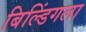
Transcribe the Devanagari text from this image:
बिल्डिंगला